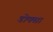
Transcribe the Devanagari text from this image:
डोक्सा